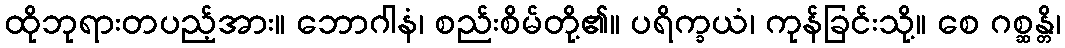
ထိုဘုရားတပည့်အား။ ဘောဂါနံ၊ စည်းစိမ်တို့၏။ ပရိက္ခယံ၊ ကုန်ခြင်းသို့။ စေ ဂစ္ဆန္တိ၊